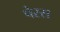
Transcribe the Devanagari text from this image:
पेस्स